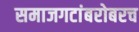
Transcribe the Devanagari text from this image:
समाजगटांबरोबरच